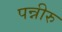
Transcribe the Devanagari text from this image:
पन्नीरु